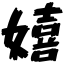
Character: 嬉